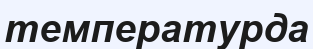
температурда